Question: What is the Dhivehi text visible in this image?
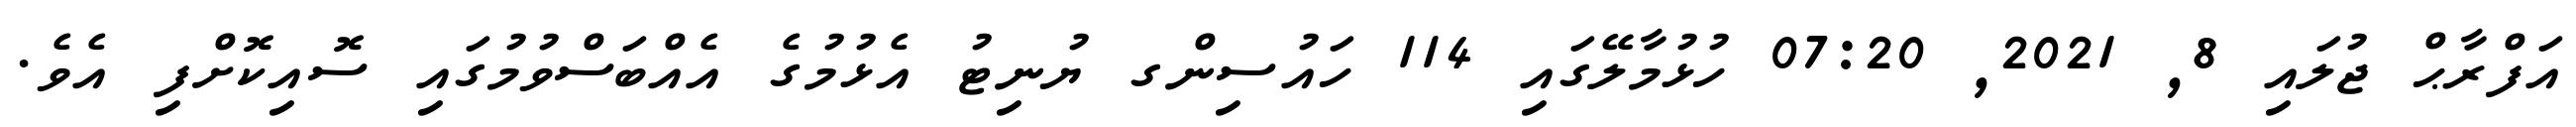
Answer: އަފްރާޙް ޖުލައި 8, 2021, 07:20 ހުޅުމާލޭގައި 114 ހައުސިންގ ޔުނިޓު އެޅުމުގެ އެއްބަސްވުމުގައި ސޮއިކޮށްފި އެވެ.